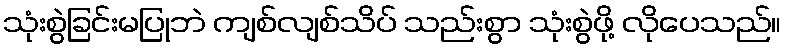
သုံးစွဲခြင်းမပြုဘဲ ကျစ်လျစ်သိပ် သည်းစွာ သုံးစွဲဖို့ လိုပေသည်။